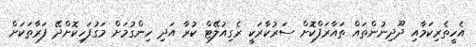
އެހީތެރިކަމާއި ދޫދިނުންތައް ތައާރަފްކޮށް ސަރުކާރަކީ ރެގިއުލޭޓް ކުރާ އަދި ހިންގުމަށް މަގުފަހިކޮށްދޭ ފަރާތަކަށް